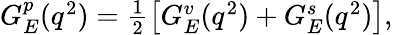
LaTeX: \begin{array}{r}{G_{E}^{p}(q^{2})=\frac 12\left[G_{E}^{v}(q^{2})+G_{E}^{s}(q^{2})\right],}\end{array}